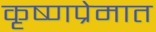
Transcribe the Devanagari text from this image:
कृष्णप्रेमात